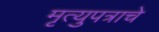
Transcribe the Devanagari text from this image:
मृत्युपत्राचे